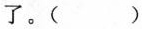
了。()